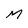
Character: M